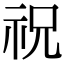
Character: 祝